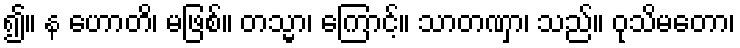
၍။ န ဟောတိ၊ မဖြစ်။ တသ္မာ၊ ကြောင့်။ သာတဏှာ၊ သည်။ ဝုသိမတော၊